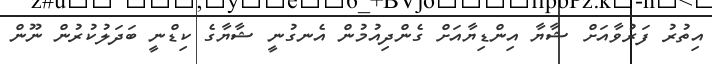
އިތުރު ފަރުވާއަށް ޝާޔާ އިންޑިޔާއަށް ގެންދިއުމުން އެނގުނީ ޝާޔާގެ ކިޑްނީ ބަދަލުކުރުން ނޫން